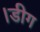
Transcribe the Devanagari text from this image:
।डीग